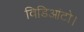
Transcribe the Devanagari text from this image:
विडिआंटो।